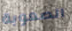
الصعوبة